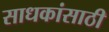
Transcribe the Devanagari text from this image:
साधकांसाठी